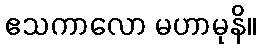
ဧသကာလော မဟာမုနိ။